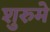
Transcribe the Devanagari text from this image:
शुरुमे